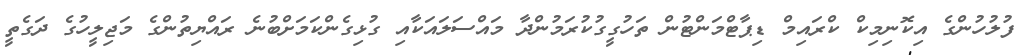
ފުލުހުންގެ އިކޮނިމިކް ކްރައިމް ޑިޕާޓްމަންޓުން ތަހުގީގުކުރަމުންދާ މައްސަލައަކާއި ގުޅިގެންކަމަށްބުނެ ރައްޔިތުންގެ މަޖިލީހުގެ ދަގެތީ